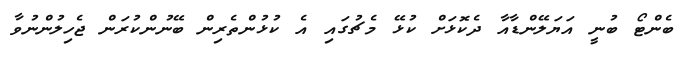
ބެންޓޯ ބުނީ އަޔަލޭންޑާއާ ދެކޮޅަށް ކުޅޭ މެޗުގައި އެ ކުޅުންތެރިން ބޭނުންކުރަން ޖެހިލުންނުވާ